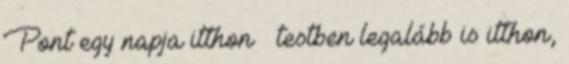
Pont egy napja itthon – testben legalább is itthon,